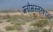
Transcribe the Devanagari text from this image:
ग्लोसस्तरशायर